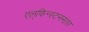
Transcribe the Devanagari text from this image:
एल्‌फिन्स्टननंतर